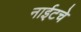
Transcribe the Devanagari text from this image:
नाईटचे